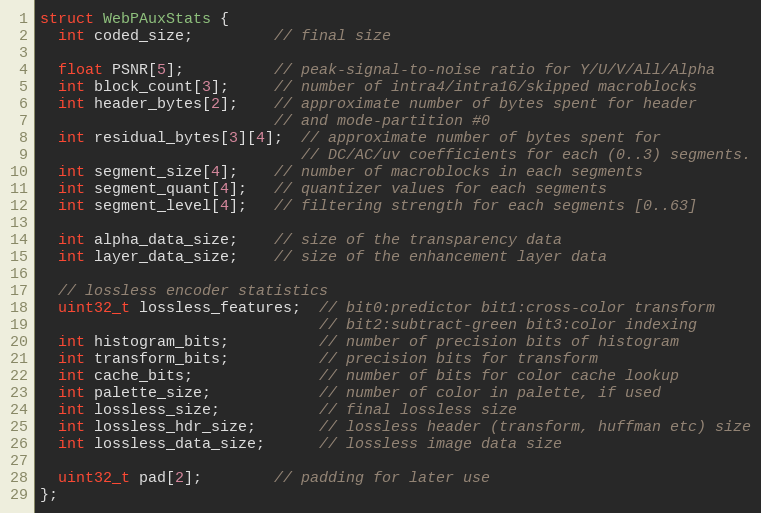
Language: C
struct WebPAuxStats {
  int coded_size;         // final size

  float PSNR[5];          // peak-signal-to-noise ratio for Y/U/V/All/Alpha
  int block_count[3];     // number of intra4/intra16/skipped macroblocks
  int header_bytes[2];    // approximate number of bytes spent for header
                          // and mode-partition #0
  int residual_bytes[3][4];  // approximate number of bytes spent for
                             // DC/AC/uv coefficients for each (0..3) segments.
  int segment_size[4];    // number of macroblocks in each segments
  int segment_quant[4];   // quantizer values for each segments
  int segment_level[4];   // filtering strength for each segments [0..63]

  int alpha_data_size;    // size of the transparency data
  int layer_data_size;    // size of the enhancement layer data

  // lossless encoder statistics
  uint32_t lossless_features;  // bit0:predictor bit1:cross-color transform
                               // bit2:subtract-green bit3:color indexing
  int histogram_bits;          // number of precision bits of histogram
  int transform_bits;          // precision bits for transform
  int cache_bits;              // number of bits for color cache lookup
  int palette_size;            // number of color in palette, if used
  int lossless_size;           // final lossless size
  int lossless_hdr_size;       // lossless header (transform, huffman etc) size
  int lossless_data_size;      // lossless image data size

  uint32_t pad[2];        // padding for later use
};